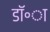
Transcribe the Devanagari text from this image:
डॉ॰ा